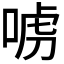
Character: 𠶪